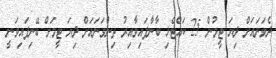
ދެވަނައަށް ދިޔަ ޓީމުން 25 ކައްޓެޅި ބާނާފައިވާއިރު ތިންވަނައަށް ދިޔަ ޓީމަށް ބޭނިފައިވަނީ